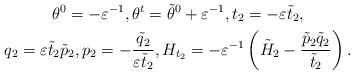
LaTeX: \begin{gather*} \theta^0=-\varepsilon^{-1},\theta^t=\tilde{\theta}^0+\varepsilon^{-1},t_2=-\varepsilon\tilde{t}_2, \\ q_2=\varepsilon\tilde{t}_2\tilde{p}_2,p_2=-\frac{\tilde{q}_2}{\varepsilon\tilde{t}_2},H_{t_2}=-\varepsilon^{-1}\left( \tilde{H}_{2}-\frac{\tilde{p}_2\tilde{q}_2}{\tilde{t}_2} \right).\end{gather*}